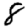
Digit: 8